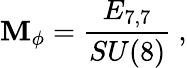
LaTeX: {\cal\mathbf{M}}_{\phi}=\frac{{E_{7,7}}}{{SU(8)}}\ ,